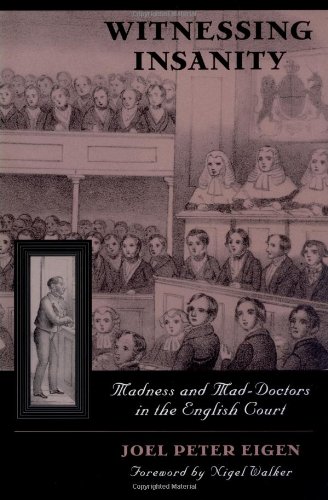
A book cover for Witnessing Insanity: Madness and Mad-Doctors in the English Court; Joel Peter Eigen; Law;